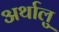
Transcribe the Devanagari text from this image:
अर्थालु